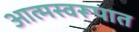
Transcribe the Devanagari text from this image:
आत्मस्वरूपात